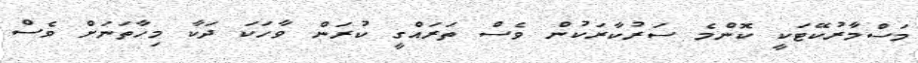
މަސްމާރުކޭޓަކީ ކޮންމެ ސަރުކާރަކުން ވެސް ތަރައްގީ ކުރަން ވާހަކަ ދަކާ މިހާތަނަށް ވެސް